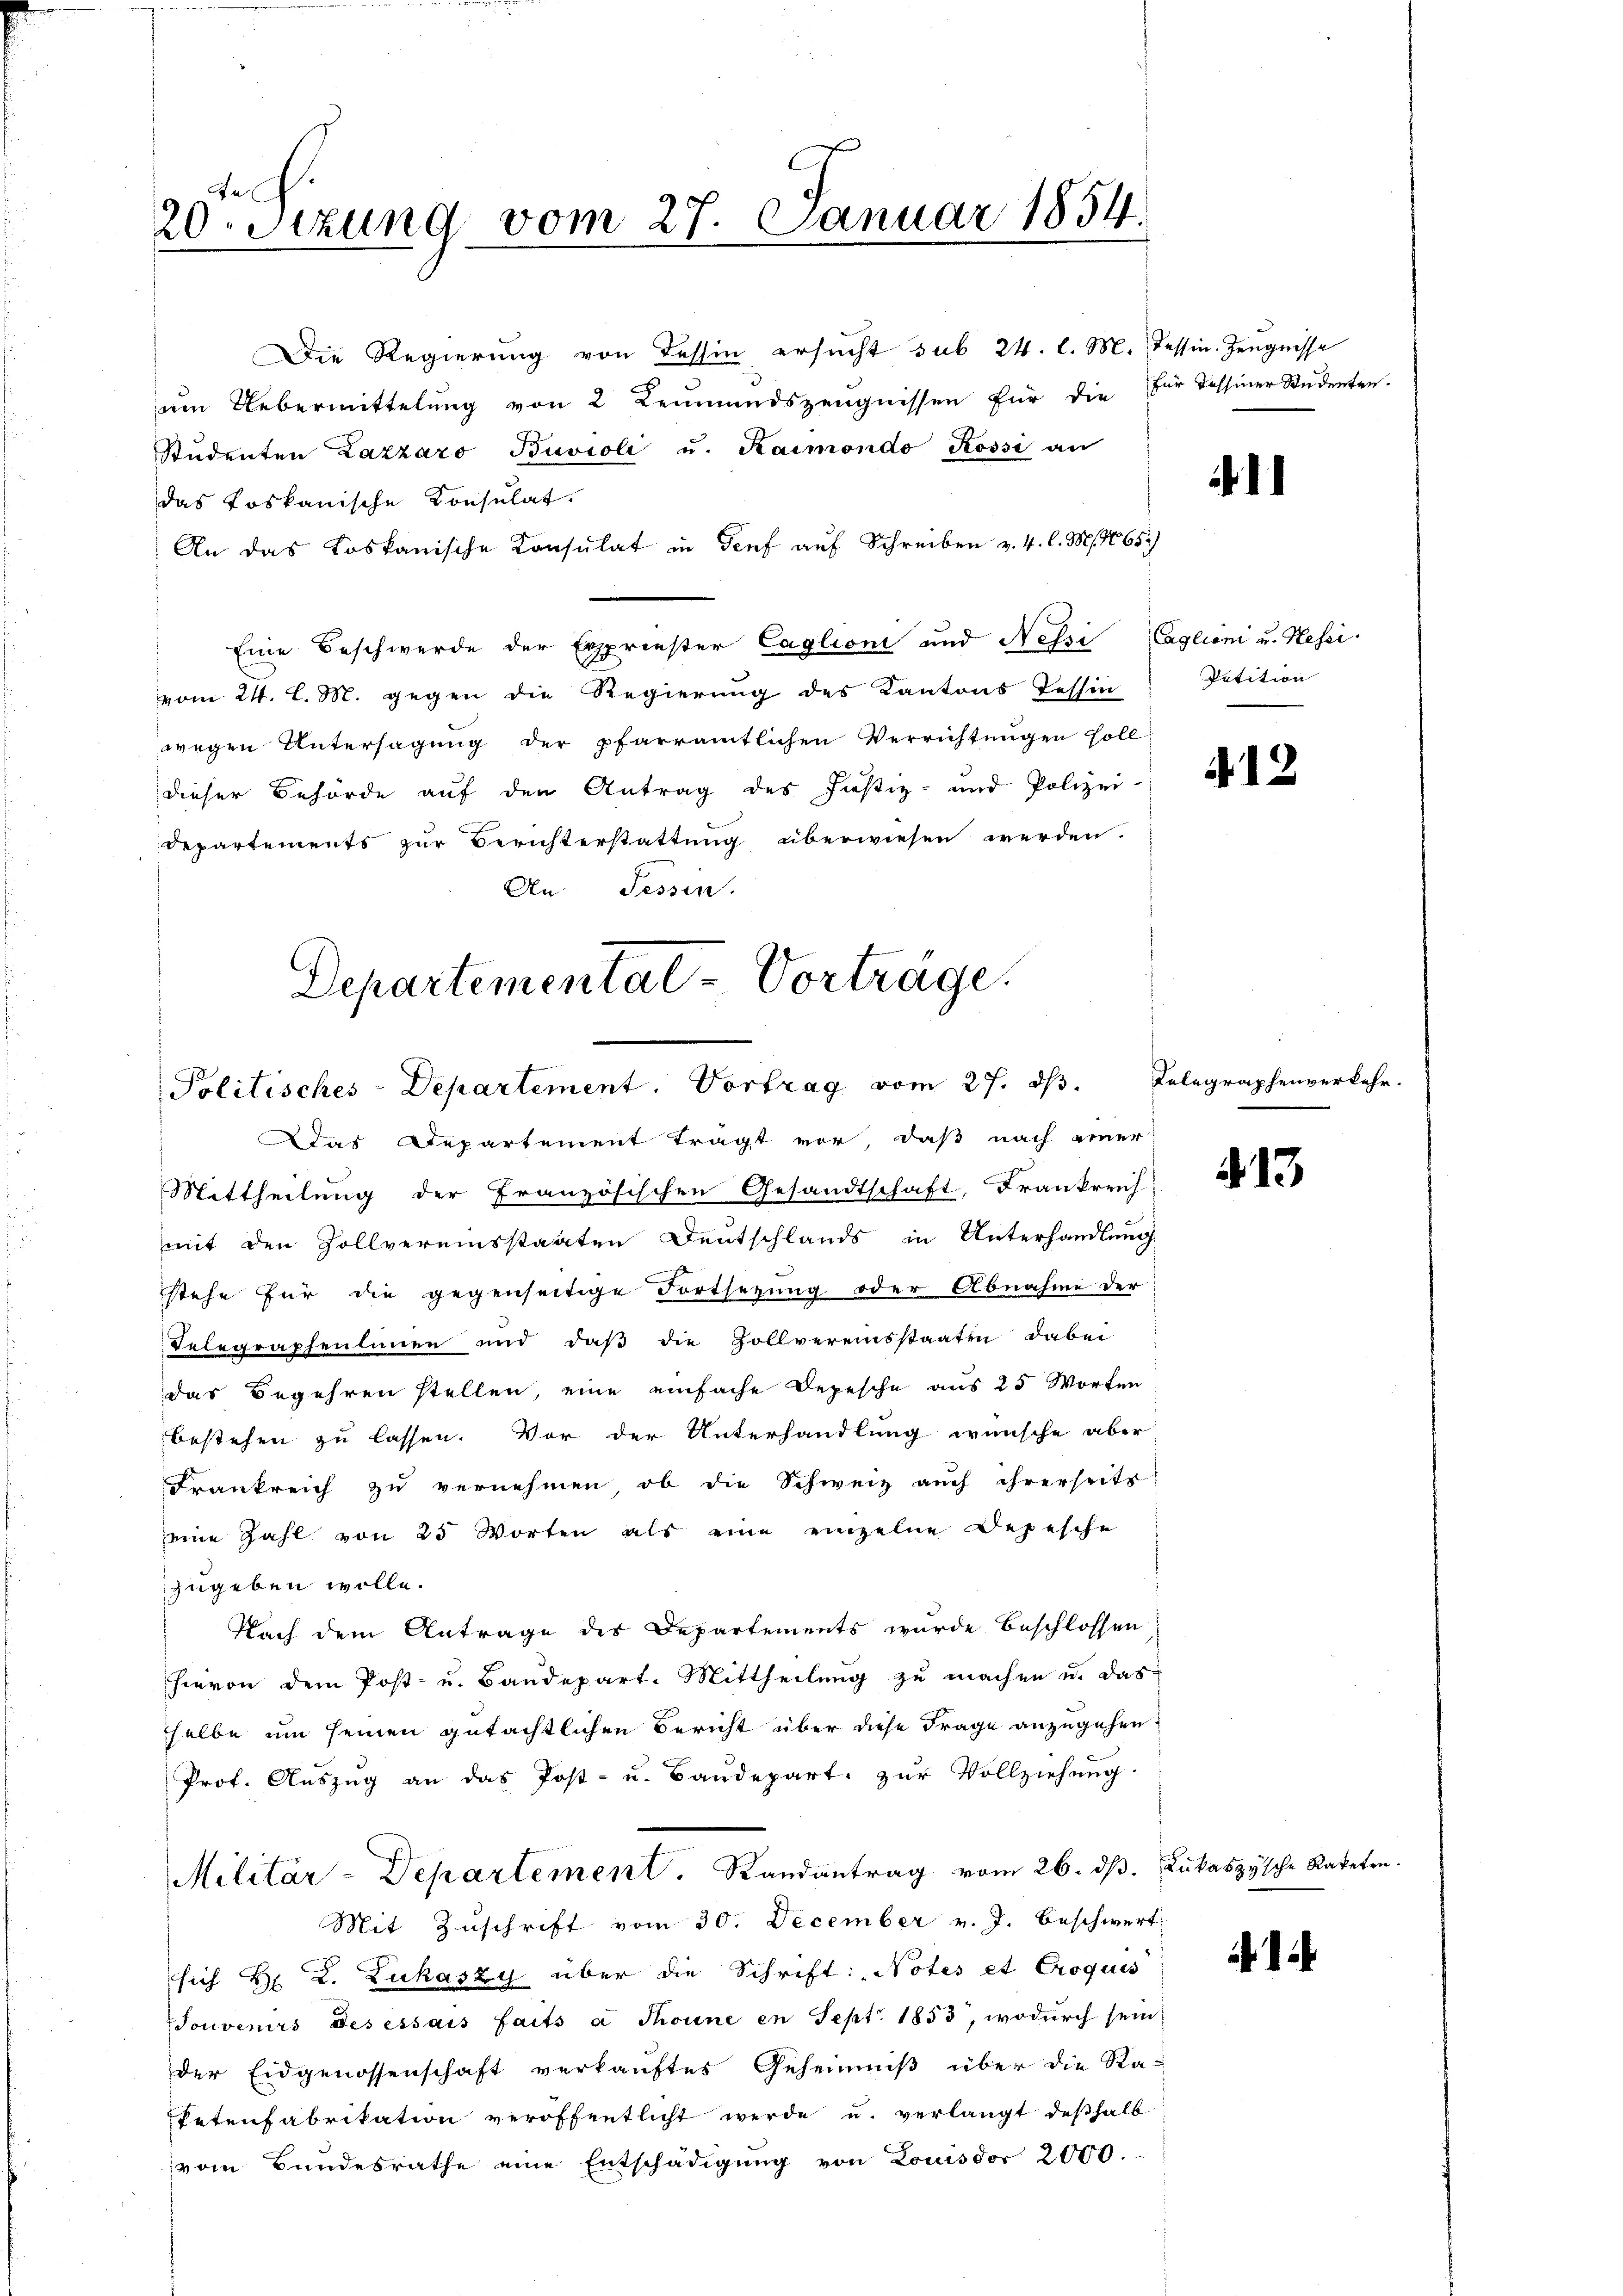
20. Sizung vom 27. Januar 1854.

Die Regierung von dessin ersucht sub 24. l. M. Tessin. Zeugnisse
um Uebermittelung von 2 Leumundszeugnissen für die für dessiner Studenten.
Studenten Zazzaro Buvioli u. Kaimondo Rossi an
das toskanische Konsulat.
An das Loskanische Consulat in Genf auf Schreiben v. 4. l. M. 1865.)
Eine Beschwerde der Erspriester Caglioni und Nessi Caglioni u. Hessi
vom 24. l. M. gegen die Regierŭng des Kantons Tessin Petition
wegen Untersagung der pfarramtlichen Verrichtungen soll
dieser Behörde auf den Antrag des Justiz- und Polizei-
Departements zur Berichterstattung überwiesen werden.
An Sessen.
Departementat-Vorträge.

Politisches-Departement. Vortrag vom 27. ds.
Das Departement trägt vor, daß nach einer

1

Mittheilung der Französischen Gesandtschaft, Frankreich
mit den Zollvereinsstaaten Deutschlands in Unterhandlung
stehe für die gegenseitige Fortsetzung oder Abnahme der
Telegraphenlinien und daβ die Zollvereinsstaaten dabei
das Begehren stellen, eine einfache Depesche aus 25 Worten
bestehen zu lassen. Vor der Unterhandlung wünsche aber
Frankreich zu vernehmen, ob die Schweiz auch ihrerseits
eine Zahl von 25 Worten als eine einzelne Depesche
zugeben wolle.
Nach dem Antrage des Departements wurde beschlossen
hievon dem Post- u. Baudepart. Mittheilung zu machen u. das
sselbe um seinen gutächtlichen Bericht über diese Frage anzugehen.
Prot. Aŭszŭg an das Post- u. Baŭdepart. zŭr Vollziehŭng
Militär-Departement. Randantrag vom 26. ds. Lukaszysche Raketen.
Mit Zuschrift vom 30. December v. J. beschwert
sich Hr. L. Zukászy über die Schrift: Notes et Croques
Souvenirs des essais faits a Thonne en Sept. 1853, wodurch sein
der Eidgenossenschaft verkaŭftes Geheimniß über die Ra-
Petenfabrikation veröffentlicht werde u. verlangt deßhalb
vom Bundesrathe eine Entschädigung von Louisdor 2000.

412

Relegraphenverkehr.

.13